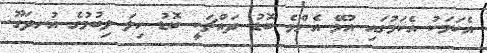
އެކަމަކު އެކަމުގައި އުޅޭ އެންމެ ބޮޑު ދައްޗަކީ ބޮޑު ހިލަ ލިބުމުގެ އުނދަގޫ.